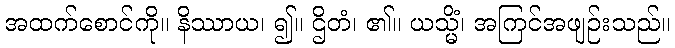
အထက်စောင်ကို။ နိဿာယ၊ ၍။ ဌိတံ၊ ၏။ ယသ္မိံ၊ အကြင်အဖျဉ်းသည်။